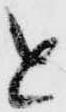
と